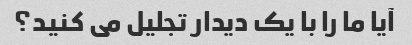
آیا ما را با یک دیدار تجلیل می کنید؟